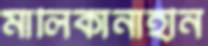
মালিকানাহীন